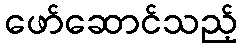
ဖော်ဆောင်သည့်